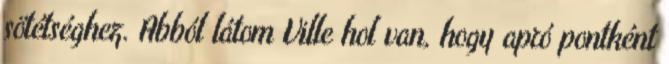
sötétséghez. Abból látom Ville hol van, hogy apró pontként